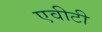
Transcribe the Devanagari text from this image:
एवीटी